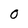
Character: 0